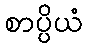
စာပ္ပိယံ